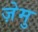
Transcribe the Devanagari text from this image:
ज़ेमु